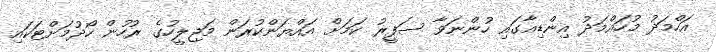
އަހްމަދު މުހައްމަދު އިންޑިއާގައި ހުންނަވާ ސަފީރު ކަމަށް އައްޔަންކުރަން މަޖިލީހުގެ ރުހުން ހޯދުމަށްޓަކައި